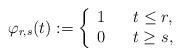
LaTeX: \begin{align*}\varphi_{r,s}(t):=\left\{\begin{array}{ccc}1 & & t\leq r, \\ 0 & & t\geq s,\end{array}\right.\end{align*}